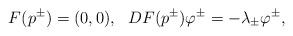
LaTeX: \begin{align*}F(p^{\pm})=(0,0),\ \ D F(p^{\pm})\varphi^{\pm}=-\lambda_{\pm}\varphi^{\pm},\end{align*}